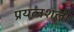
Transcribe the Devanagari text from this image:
प्रयत्नशली